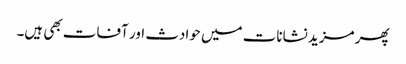
پھر مزید نشانات میں حوادث اور آفات بھی ہیں۔